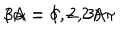
3 \alpha = \delta - 2 A \pi \hspace { 1 c m } ( A = 1 , 2 , 3 )